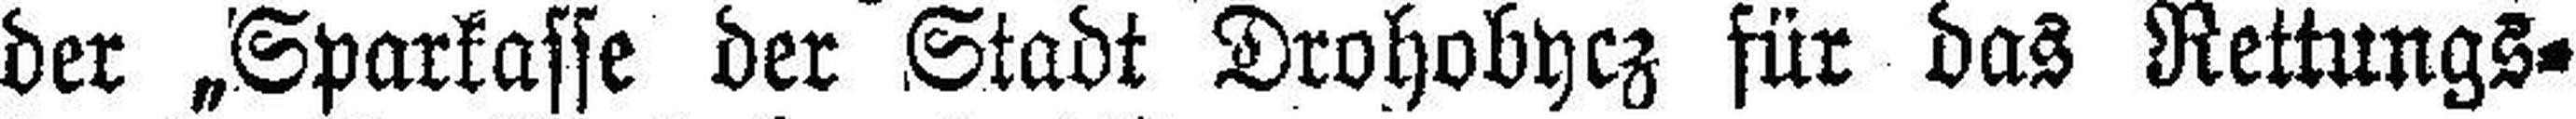
der „Sparkasse der Stadt Drohobycz für das Rettungs¬